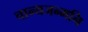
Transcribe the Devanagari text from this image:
चान्यजन्मनि